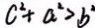
c ^ { 2 } + a ^ { 2 } > b ^ { 2 }